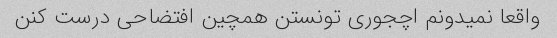
واقعا نمیدونم اچجوری تونستن همچین افتضاحی درست کنن